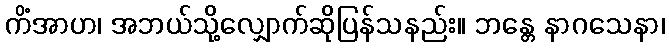
ကိံအာဟ၊ အဘယ်သို့လျှောက်ဆိုပြန်သနည်း။ ဘန္တေ နာဂသေနာ၊